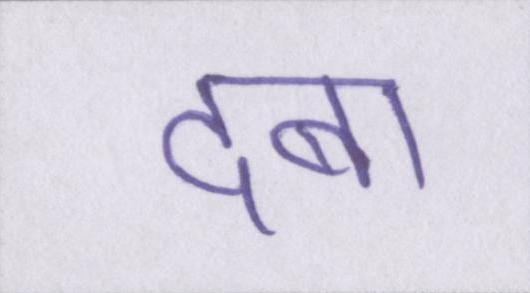
दबा